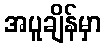
အပူချိန်မှာ